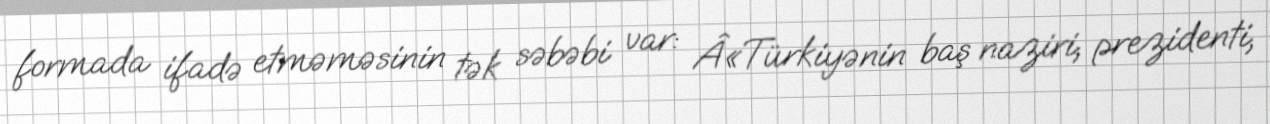
formada ifadə etməməsinin tək səbəbi var: Â«Türkiyənin baş naziri, prezidenti,